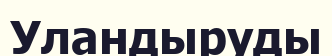
Уландыруды